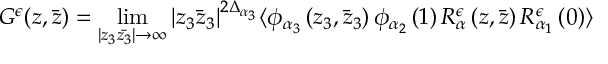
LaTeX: G ^ { \epsilon } ( z , \bar { z } ) = \operatorname * { l i m } _ { | z _ { 3 } \bar { z _ { 3 } } | \rightarrow \infty } | z _ { 3 } \bar { z } _ { 3 } | ^ { 2 \Delta _ { \alpha _ { 3 } } } \langle \phi _ { \alpha _ { 3 } } \left( z _ { 3 } , \bar { z } _ { 3 } \right) \phi _ { \alpha _ { 2 } } \left( 1 \right) R _ { \alpha } ^ { \epsilon } \left( z , \bar { z } \right) R _ { \alpha _ { 1 } } ^ { \epsilon } \left( 0 \right) \rangle